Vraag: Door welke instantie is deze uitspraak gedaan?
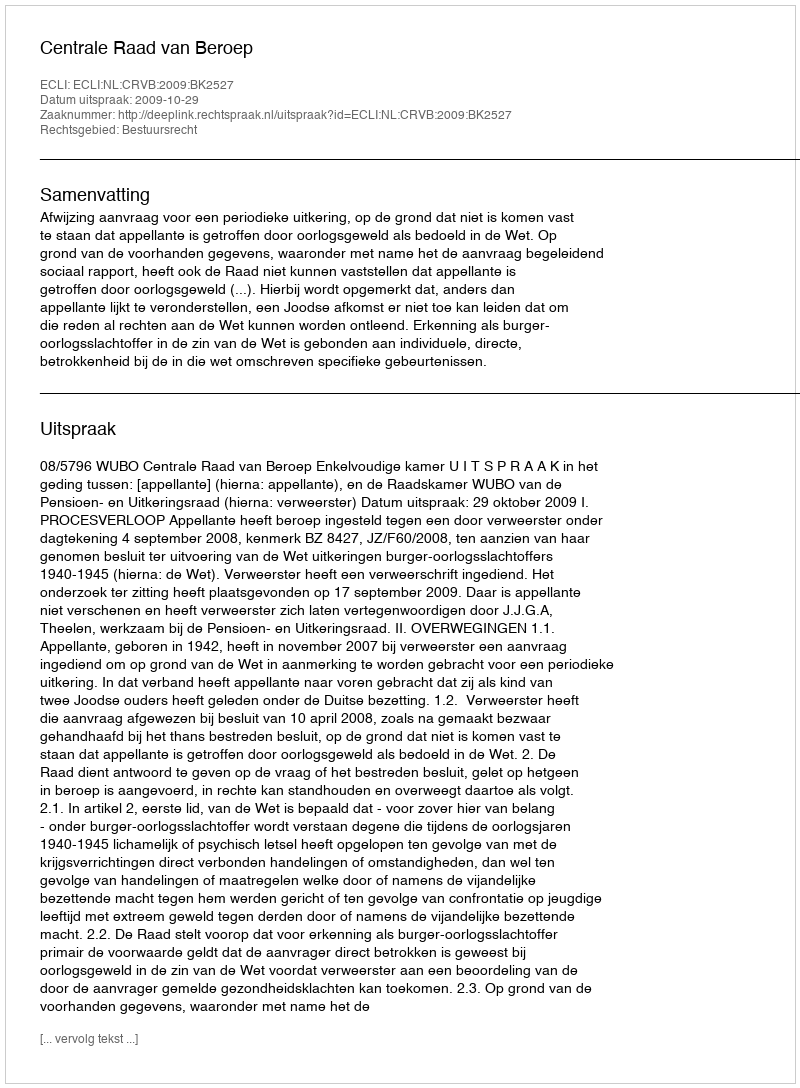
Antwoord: Centrale Raad van Beroep